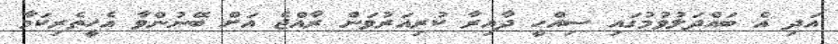
އަދި އެ ބައްދަލުވުމުގައި ސިއްހީ ދާއިރާ ކުރިއަރުވަން ރާއްޖެ އަށް ބޭނުންވާ އެހީތެރިކަމާ